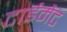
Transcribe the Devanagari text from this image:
टाईमैट